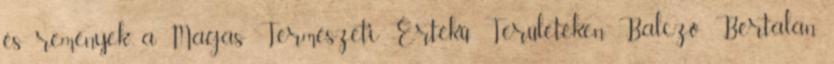
és remények a Magas Természeti Értékű Területeken Balczó Bertalan